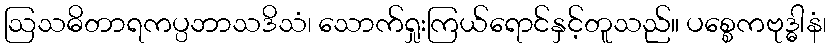
ဩသဓိတာရကပ္ပဘာသဒိသံ၊ သောက်ရှုးကြယ်ရောင်နှင့်တူသည်။ ပစ္စေကဗုဒ္ဓါနံ၊